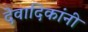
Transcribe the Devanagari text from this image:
देवादिकांनी